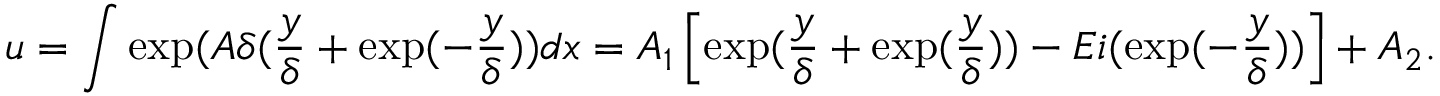
u = \int \exp ( A \delta ( \frac { y } { \delta } + \exp ( - \frac { y } { \delta } ) ) d x = A _ { 1 } \left[ \exp ( \frac { y } { \delta } + \exp ( \frac { y } { \delta } ) ) - E i ( \exp ( - \frac { y } { \delta } ) ) \right] + A _ { 2 } .